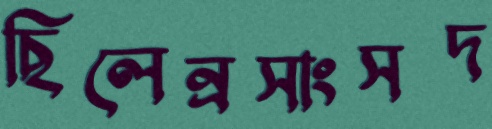
ছিলেন্রসাংসদ